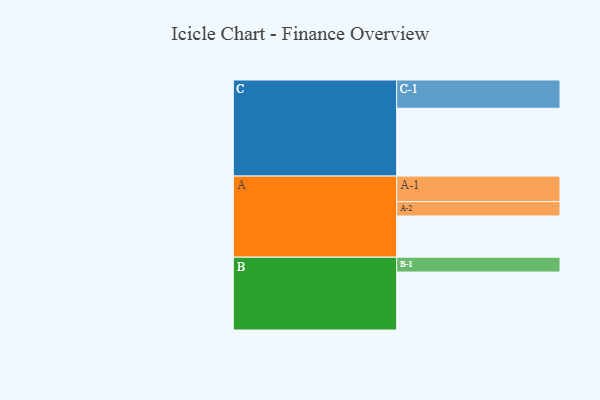
{"axis": {"x": "Segment", "y": "Value"}, "legend": ["", "A", "B", "C"], "data": [{"x": "A", "y": 308, "type": ""}, {"x": "B", "y": 433, "type": ""}, {"x": "C", "y": 507, "type": ""}, {"x": "A-1", "y": 191, "type": "A"}, {"x": "A-2", "y": 107, "type": "A"}, {"x": "B-1", "y": 111, "type": "B"}, {"x": "C-1", "y": 211, "type": "C"}]}